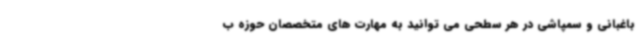
باغبانی و سمپاشی در هر سطحی می توانید به مهارت های متخصصان حوزه ب